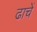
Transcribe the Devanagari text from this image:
ढाचें